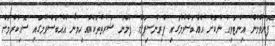
ފޮނުވުމުން އިންޓަވިއު ނުކޮށް އެއްބަސްވުމުގައި ޕްރިންސިޕަލަށް ފެންނަ ޝަރުތުތަކެއް ހިމަނާ އެއްބަސްވުމުގައި ސޮއިކުރުމަށް